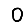
Digit: 0